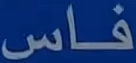
فاس